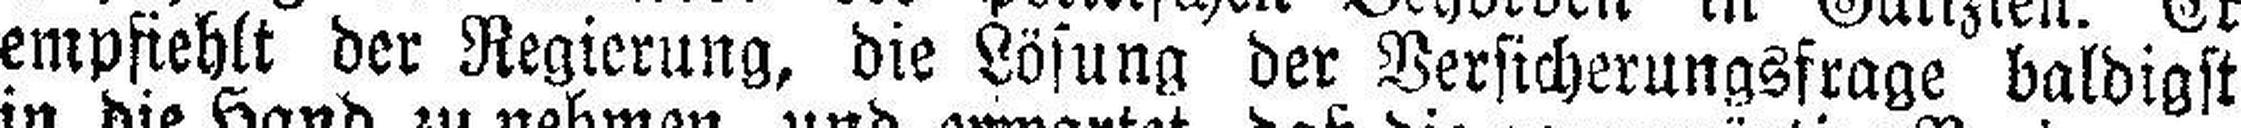
empfiehlt der Regierung, die Lösung der Versicherungsfrage baldigst